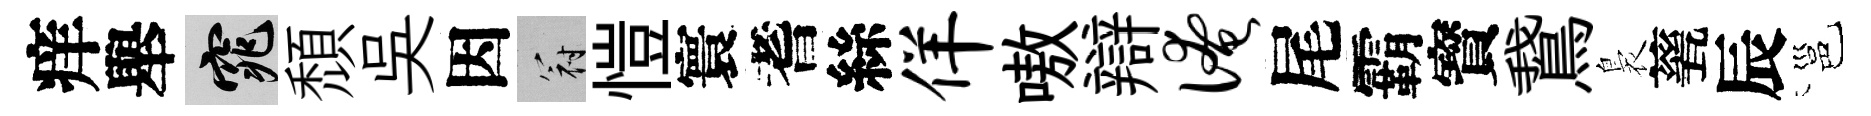
痒舉窕頹吳因冠愷寰耆絲佯嗷辯淹尾霸寳鵞裊甆辰邕